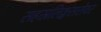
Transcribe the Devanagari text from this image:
सहस्रलिङ्गसरोवर